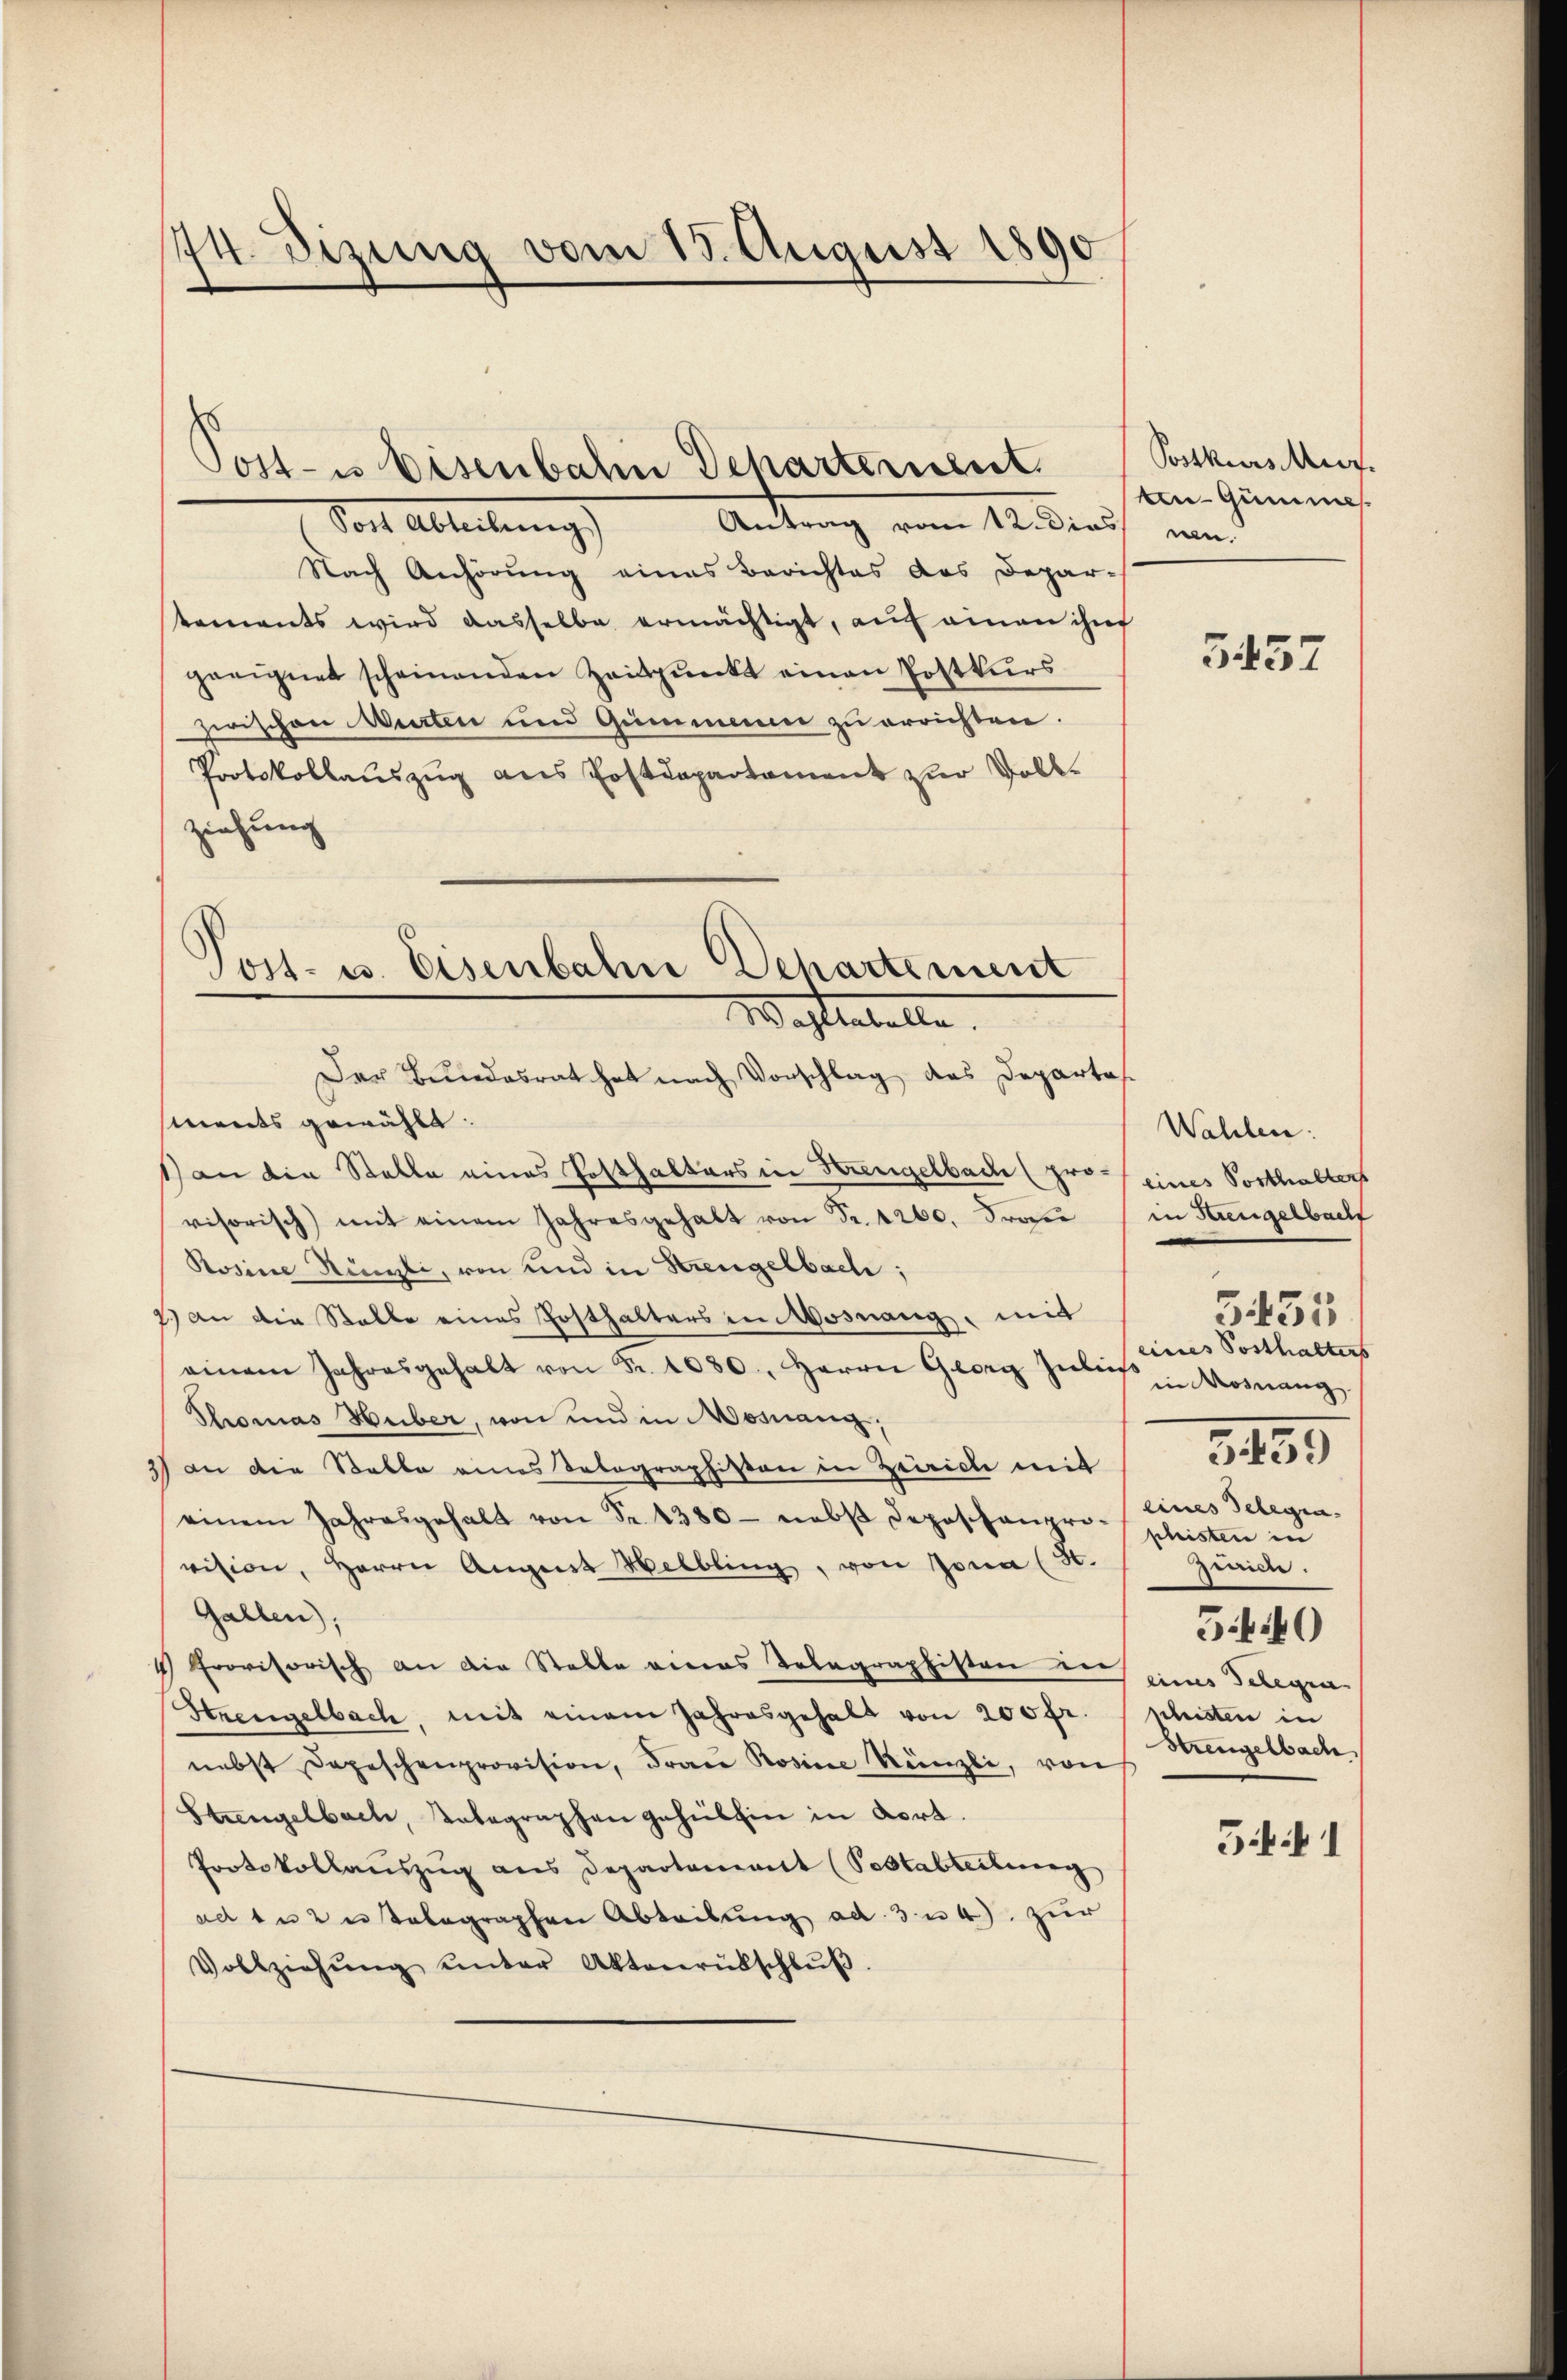
1774. Dizung vom 15. August 1890

Post- u Eisenbahn Departement.

Post- u. Eisenbahne Departement
Mastentelle

Antrag vom 12. Dies w
Dort Ableibung)
Nach Anhörung eines Berichtes des Depar-
tements wird dasselbe ermächtigt, auf einen ihn
geeignet scheinenden Zeitpunkt einen Postkurs
zerischen Murten und Gummence zu errichten.
Protokollauszug aus Postdepartament zur Vollziehung
Der Bundesrat hat nach Vorschlag des Departes
sments gewählt.
1) an die Stelle eines Posthalters in Strengelbach (pro eines Posthalters
visorisch) mit einem Jahresgehalt von Fr. 4200. Frau in Hingelbach
Rosine Künzli, von und in Strengelbach;
7.) an die Stelle eines Posthalters in Mosnang, mit
einem Jahresgehalt von Fr. 1030. Herrn Georg Zibes Mosnang
Thomas Huber, von und in Mosnang,
3) an die Stalle eines Telegraphisten in Zürich mit
einem Jahresgehalt von Fr. 1380- nebst Depeschanpri-phisten in
vision, Herrn August Helbling, von Jona (H.
Gallen);
4 Provisorisch an die Stelle eines Telegraphisten auch eines Telegen
Strengelbach, mit einem Jahresgehalt von 200 fr.
nebst Depeschenprovision, Frau Rosine Künzli, von
Strengelbach, Unbegraphen gehilhin in dort.
Protokollauszug aus Departement (Pestabteilung
ad zu 2 u telegraphen Abteilung ad 3 u 4). zur
Vollziehŭng ŭnter Aktenrübschlŭβ.

Postkurser
ken- Gümme

3457

Wahlen:
eines Posthalters
eines Delegen.
Zürich.
5440
schitten in
Strengelbach
51

3455

3459